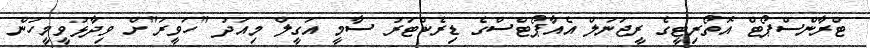
ޓްރާންސްޕޯޓް އޮތޯރިޓީގެ ރީޖަނަލް އެއާޕޯޓްސްގެ ޑިރެކްޓަރު ސާމީ އަގީލް މިއަދު "ހަވީރަ"ށް ވިދާޅުވީމީހުން